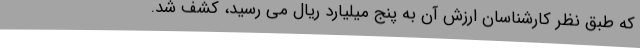
که طبق نظر کارشناسان ارزش آن به پنج میلیارد ریال می رسید، کشف شد.